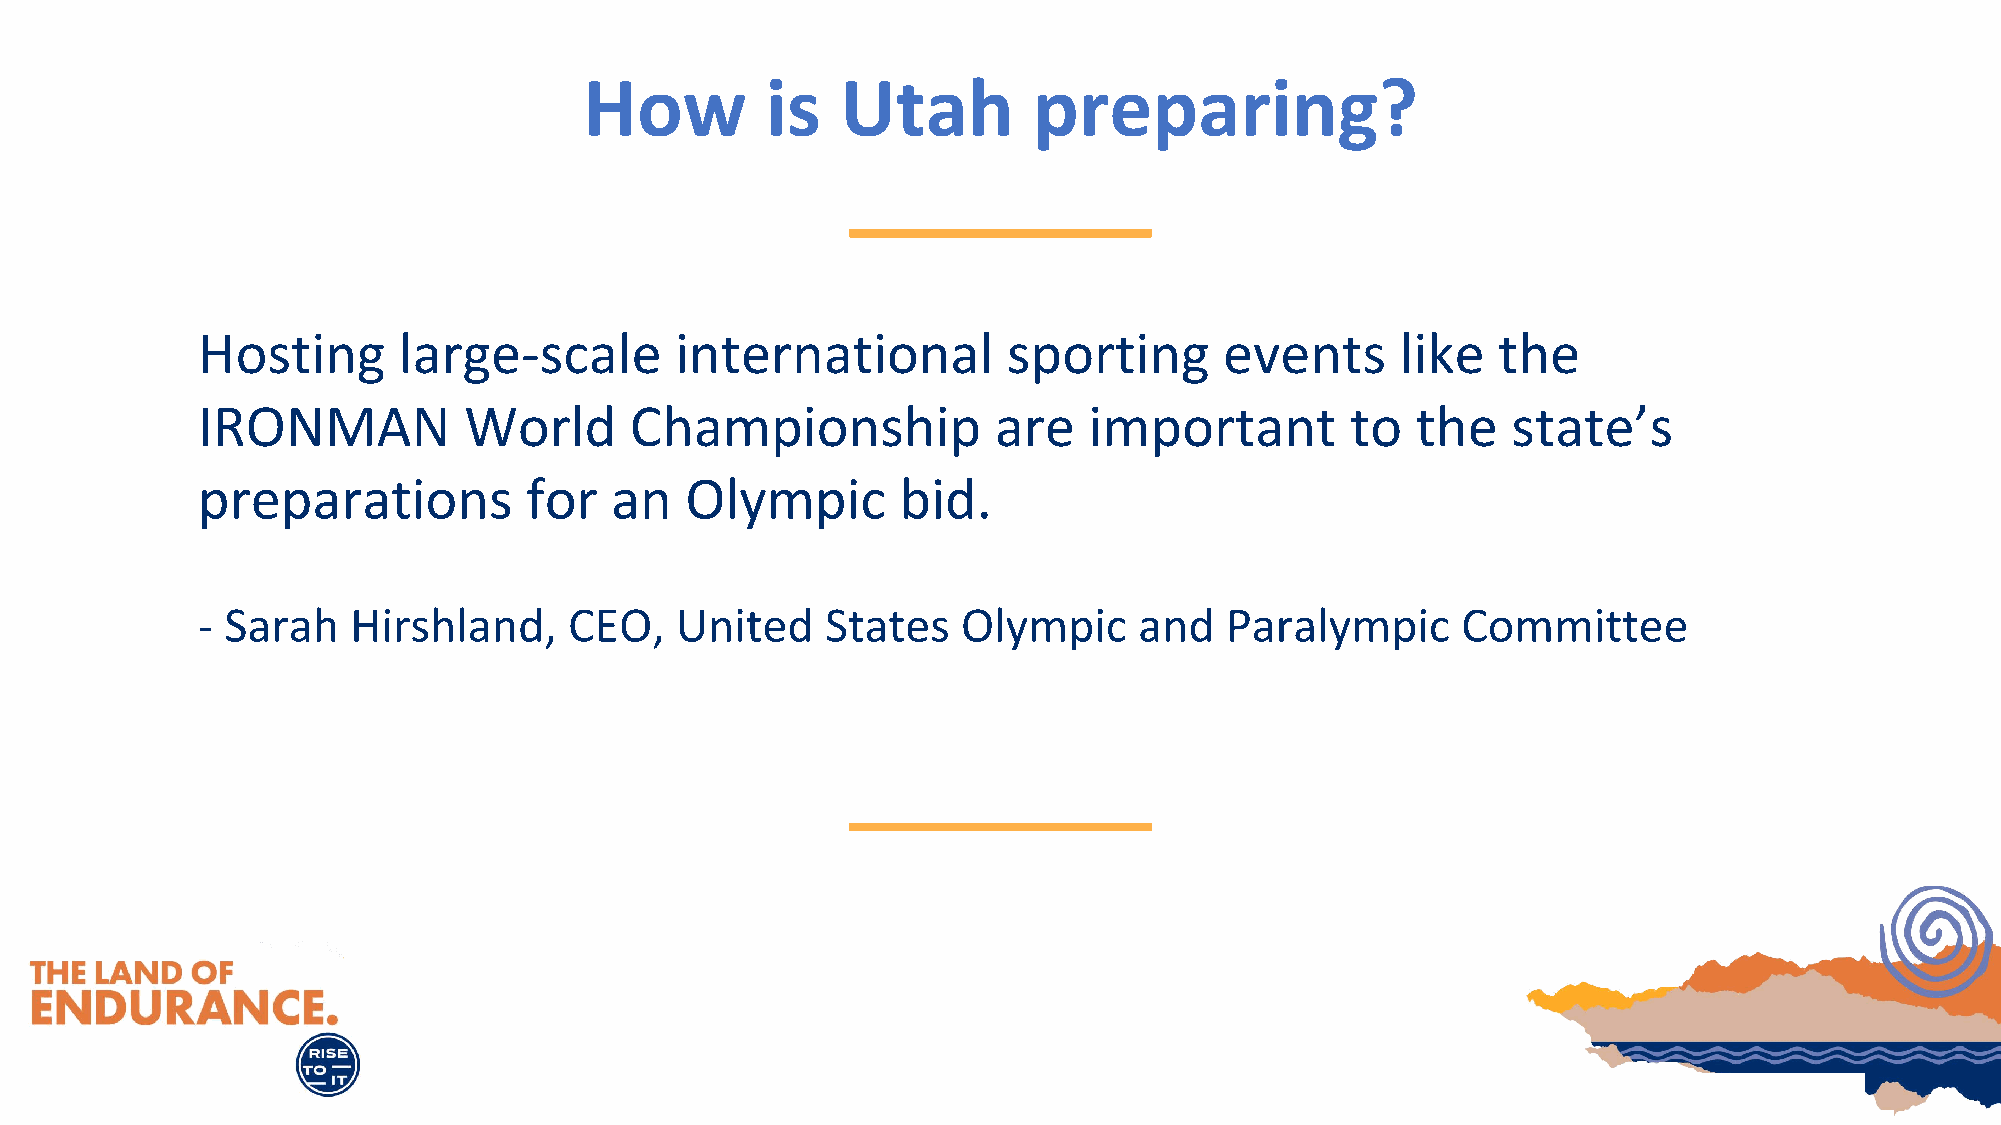
How         is   Utah        preparing?
 Hosting      large-scale        international         sporting      events      like  the
 IRONMAN           World      Championship            are   important        to   the   state’s
 preparations          for  an   Olympic        bid.
 - Sarah   Hirshland,     CEO,   United    States   Olympic    and   Paralympic      Committee